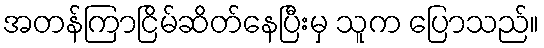
အတန်ကြာငြိမ်ဆိတ်နေပြီးမှ သူက ပြောသည်။